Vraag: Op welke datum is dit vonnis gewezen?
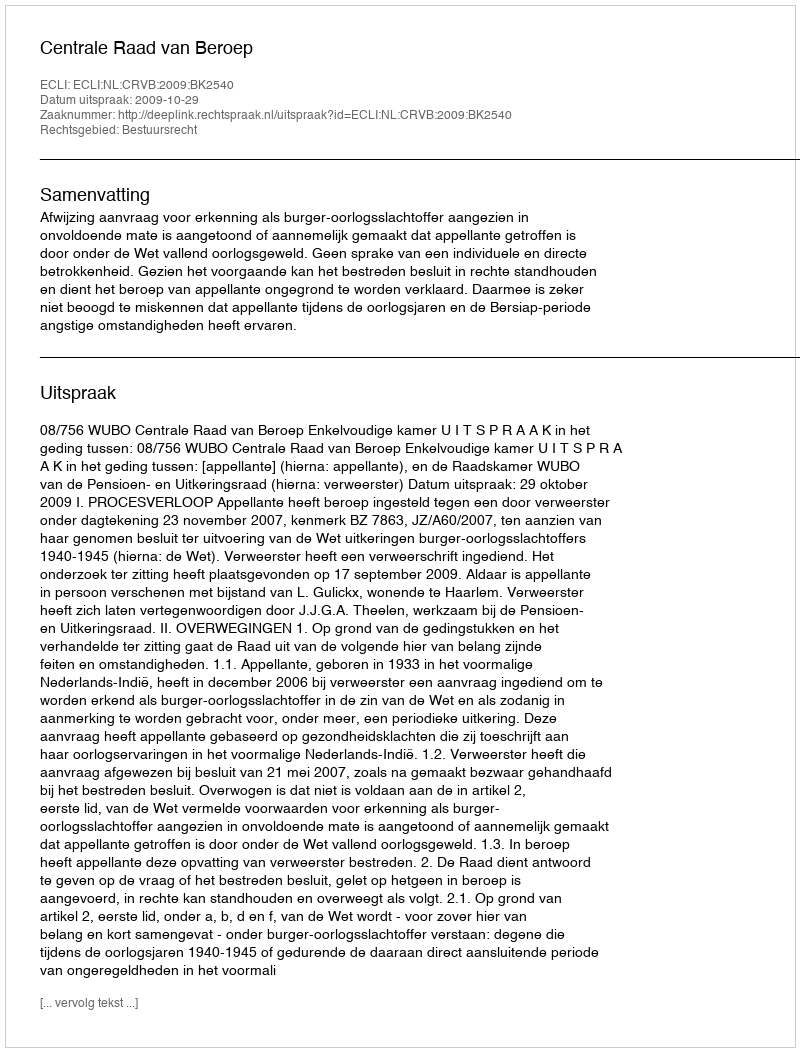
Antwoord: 2009-10-29